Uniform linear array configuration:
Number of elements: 12
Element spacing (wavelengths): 0.25
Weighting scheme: hann
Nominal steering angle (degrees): -30
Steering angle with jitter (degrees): -31.92
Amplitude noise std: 0.05
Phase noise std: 0.05

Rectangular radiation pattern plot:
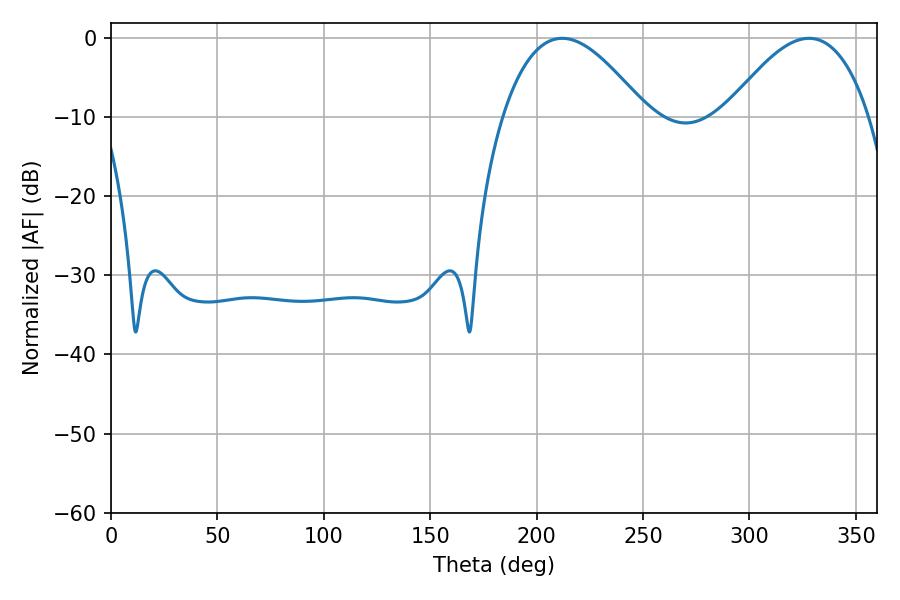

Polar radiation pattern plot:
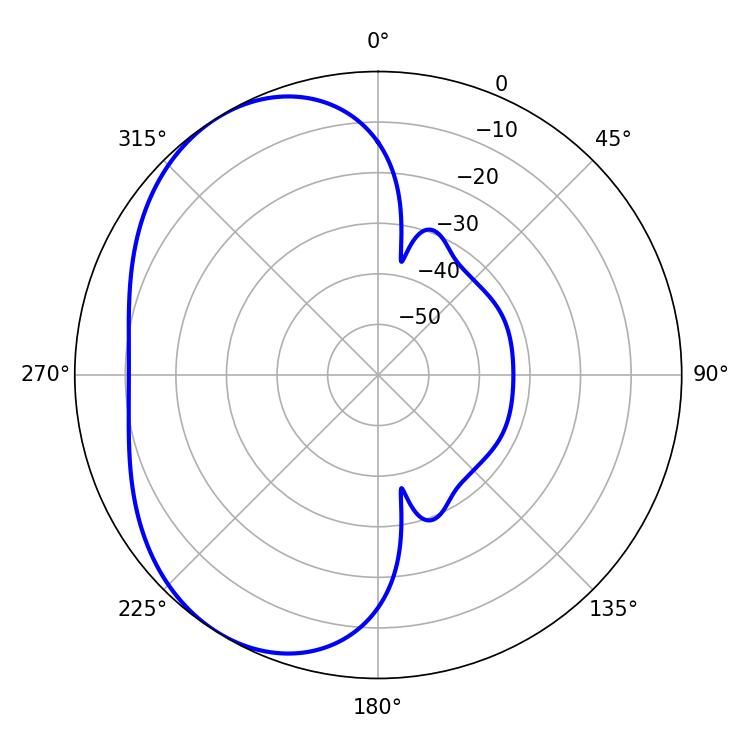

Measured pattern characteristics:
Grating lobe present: FALSE
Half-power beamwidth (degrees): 36.9
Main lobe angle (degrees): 212.04